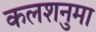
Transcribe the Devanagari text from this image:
कलशनुमा